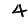
Digit: 4